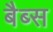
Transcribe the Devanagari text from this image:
बैब्स